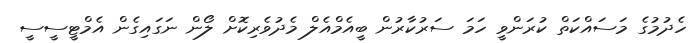
ހެދުމުގެ މަސައްކަތް ކުރަންވީ ހަމަ ސަރުކާރުން ބީއެމްއެލް މެދުވެރިކޮށް ލޯން ނަގައިގެން އެމްޓީސީސީ